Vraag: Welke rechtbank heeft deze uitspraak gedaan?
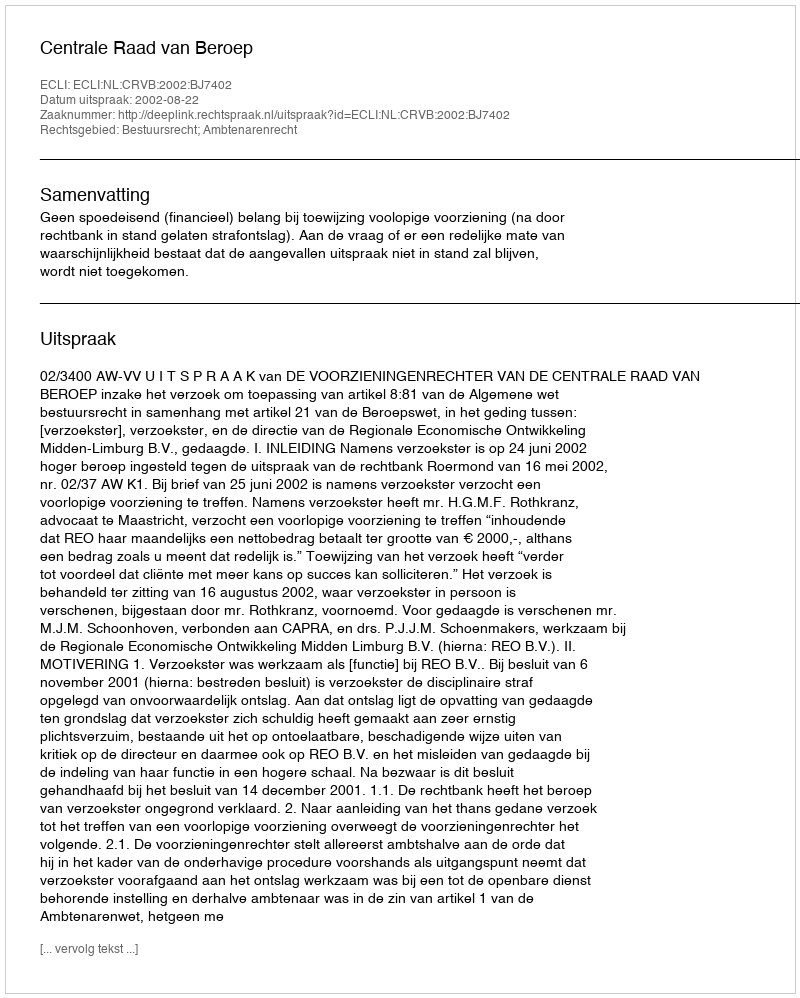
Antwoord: Centrale Raad van Beroep